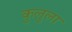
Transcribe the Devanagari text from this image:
कुलुला